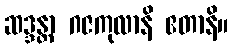
ဆဒ္ဒန္တာ ဂဇကုလာနိ ဧတာနိ။